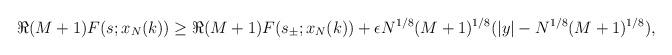
LaTeX: \begin{align*} \Re (M + 1) F(s; x_{N}(k)) \geq \Re (M + 1) F(s_{\pm}; x_{N}(k)) + \epsilon N^{1/8}(M+1)^{1/8} (|y| - N^{1/8}(M+1)^{1/8}) , \end{align*}